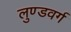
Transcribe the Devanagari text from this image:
लुण्डवर्ग